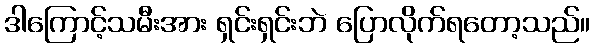
ဒါကြောင့်သမီးအား ရှင်းရှင်းဘဲ ပြောလိုက်ရတော့သည်။